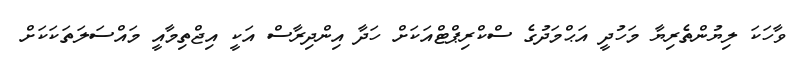
ވާހަކަ ލިޔުންތެރިޔާ މަހުދީ އަޙްމަދުގެ ސްކްރިޕްޓްއަކަށް ހަދާ އިންދިރާސް އަކީ އިޖްތިމާއީ މައްސަލަތަކަކަށް